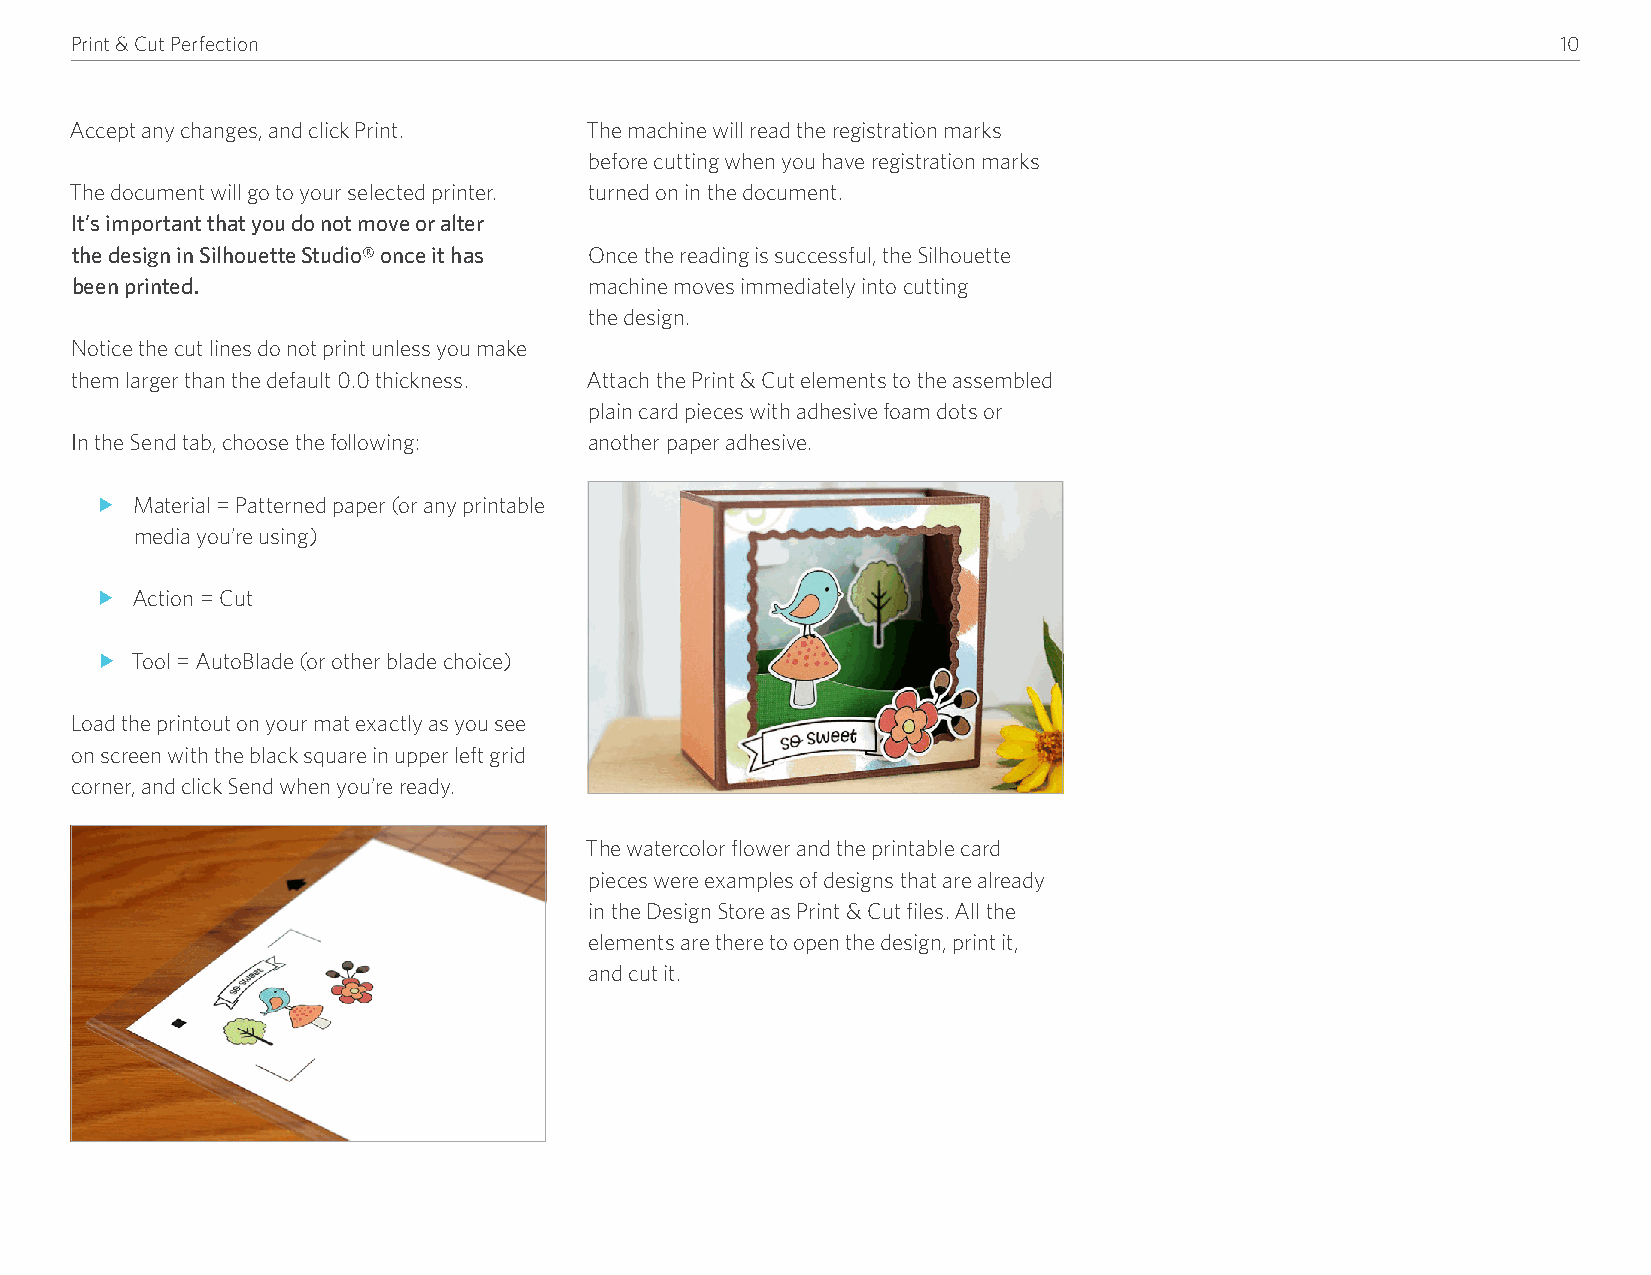
Print & Cut Perfection                                                                            10
 Accept any changes, and click Print� The machine will read the registration marks
 before cutting when you have registration marks
 The document will go to your selected printer� turned on in the document�
 It’s important that you do not move or alter
 the design in Silhouette Studio® once it has Once the reading is successful, the Silhouette
 been printed.                     machine moves immediately into cutting
 the design�
 Notice the cut lines do not print unless you make
 them larger than the default 0�0 thickness� Attach the Print & Cut elements to the assembled
 plain card pieces with adhesive foam dots or
 In the Send tab, choose the following: another paper adhesive�
 f  Material = Patterned paper (or any printable
 media you’re using)
 f  Action = Cut
 f  Tool = AutoBlade (or other blade choice)
 Load the printout on your mat exactly as you see
 on screen with the black square in upper left grid
 corner, and click Send when you’re ready�
 The watercolor flower and the printable card
 pieces were examples of designs that are already
 in the Design Store as Print & Cut files� All the
 elements are there to open the design, print it,
 and cut it�